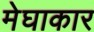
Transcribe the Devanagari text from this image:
मेघाकार